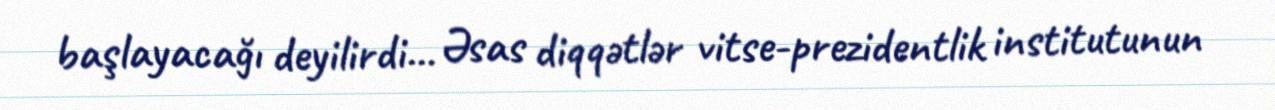
başlayacağı deyilirdi... Əsas diqqətlər vitse-prezidentlik institutunun